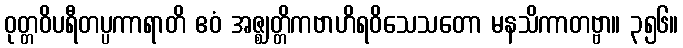
ဝုတ္တဝိပရီတပ္ပကာရာတိ ဧဝံ အဇ္ဈတ္တိကဗာဟိရဝိသေသတော မနသိကာတဗ္ဗာ။ ၃၅၆။